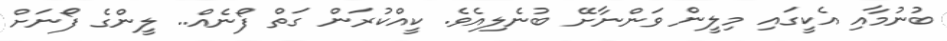
ބުނުމާއި އެކީގައި މިލީން ވަންނާށޭ ބުނެލިއެވެ. ކީއްކުރަން ގަތް ފޯނެއް.. ލީންގެ ފޯނަށް